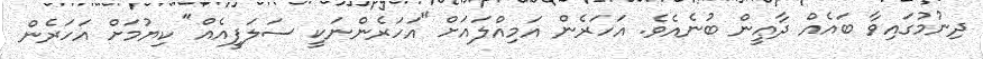
ދިނުމުގައިވާ ބައެއް ދާޢީން ބުނެއެވެ. އަހަރެން އަމިއްލައަށް "އަހަރެންނަކީ ސަލަފީއެއް" ކިޔުމަށް އަހަރެން